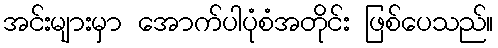
အင်းများမှာ အောက်ပါပုံစံအတိုင်း ဖြစ်ပေသည်။